Vaccination returns of the Province of Eastern Bengal and Assam - 1905-1912
Year: 1905
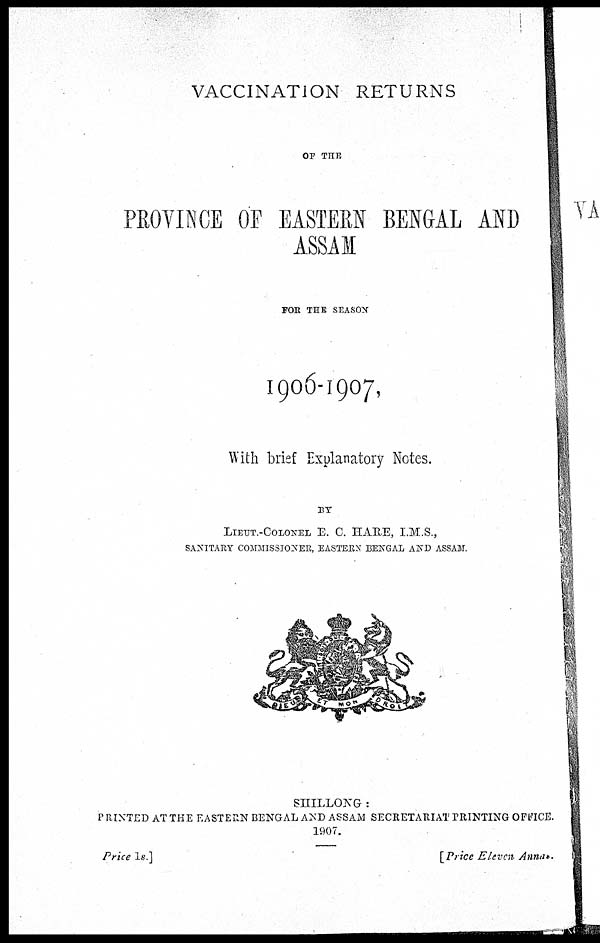
VACCINATION RETURNS
OF THE
PROVINCE OF EASTERN BENGAL AND
ASSAM
FOR THE SEASON
1906-1907,
With brief Explanatory Notes.
BY
LIEUT.-COLONEL E. C. HARE, I.M.S.,
SANITARY COMMISSIONER, EASTERN BENGAL AND ASSAM.
SHILLONG :
PRINTED AT THE EASTERN BENGAL AND ASSAM SECRETARIAT PRINTING OFFICE.
1907.
Price 1s.]
[Price Eleven Annas.